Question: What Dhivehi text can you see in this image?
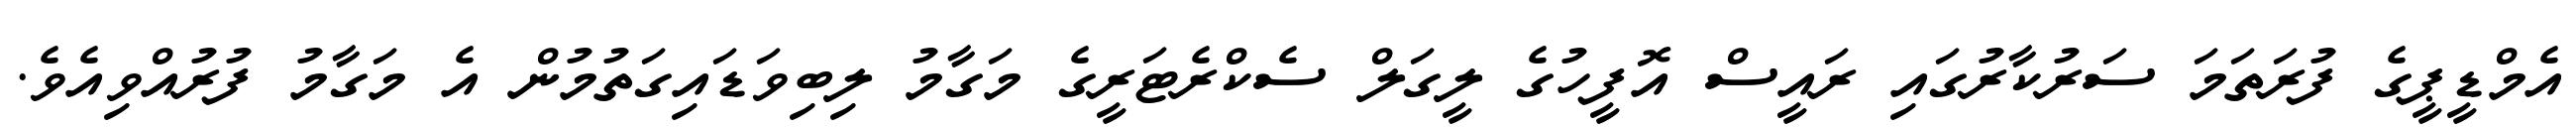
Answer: އެމްޑީޕީގެ ފުރަތަމަ ސަރުކާރުގައި ރައީސް އޮފީހުގެ ލީގަލް ސެކްރެޓަރީގެ މަގާމު ލިބިވަޑައިގަތުމުން އެ މަގާމު ފުރުއްވިއެވެ.